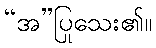
“အ”ပြုသေး၏။